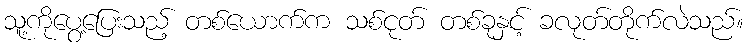
သူ့ကိုပွေ့ပြေးသည့် တစ်ယောက်က သစ်ငုတ် တစ်ခုနှင့် ခလုတ်တိုက်လဲသည်။